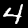
Digit: 4